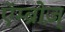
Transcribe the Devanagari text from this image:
एॅम्ब्रोज़्